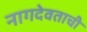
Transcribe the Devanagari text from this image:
नागदेवताची